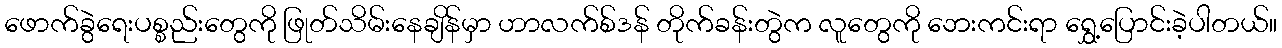
ဖောက်ခွဲရေးပစ္စည်းတွေကို ဖြုတ်သိမ်းနေချိန်မှာ ဟာလက်စ်ဒန် တိုက်ခန်းတွဲက လူတွေကို ဘေးကင်းရာ ရွှေ့ပြောင်းခဲ့ပါတယ်။